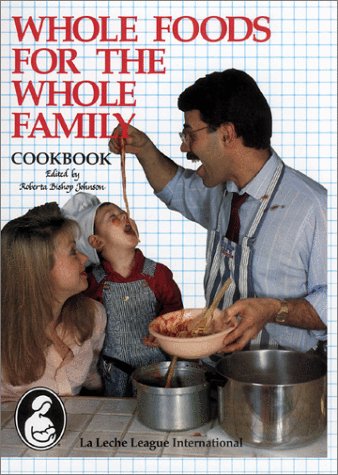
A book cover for Whole Foods for the Whole Family Cookbook; Cookbooks, Food & Wine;